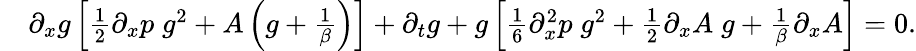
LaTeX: \begin{array}{rl}&{\partial_{x}g\left[\frac{1}{2}\partial_{x}p\; g^{2}+A\left(g+\frac{1}{\beta}\right)\right]+\partial_{t}g+g\left[\frac{1}{6}\partial_{x}^{2}p\; g^{2}+\frac{1}{2}\partial_{x}A\; g+\frac{1}{\beta}\partial_{x}A\right]=0.}\end{array}